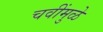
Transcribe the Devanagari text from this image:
चवींमुळे